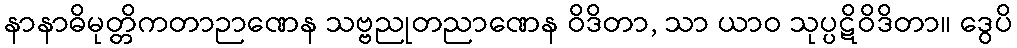
နာနာဓိမုတ္တိကတာဉာဏေန သဗ္ဗညုတညာဏေန ဝိဒိတာ, သာ ယာဝ သုပ္ပဋိဝိဒိတာ။ ဒွေပိ